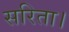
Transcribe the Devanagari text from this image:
सरिता।